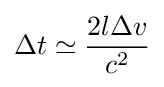
\Delta t\simeq {\frac {2l\Delta v}{c^{2}}}